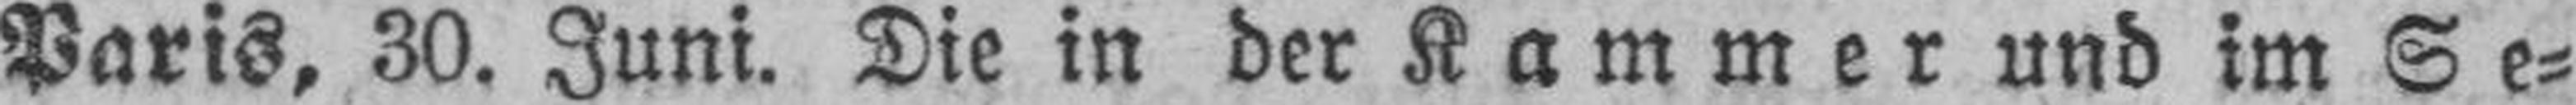
Paris, 30. Juni. Die in der Kammer und im Se¬